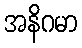
အနိဂမာ